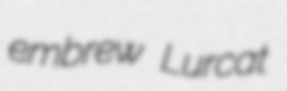
embrew Lurcat